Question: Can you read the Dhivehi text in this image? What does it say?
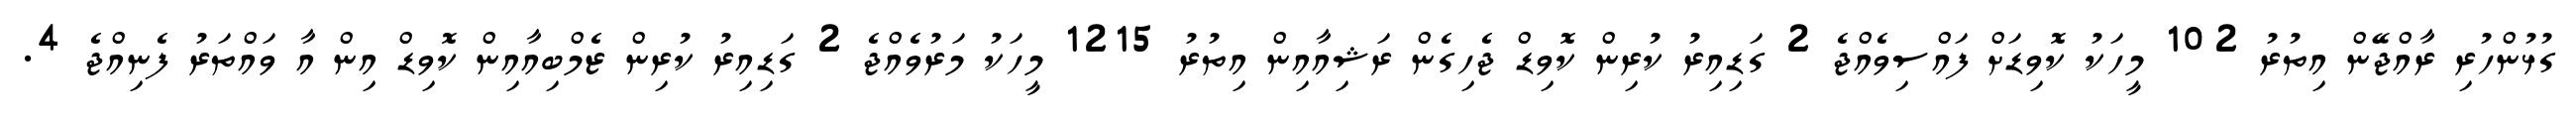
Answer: ގުޅުންހުރި ރާއްޖޭން އިތުރު 102 މީހަކު ކޮވިޑަށް ފައްސިވެއްޖެ 2 ގަޑިއިރު ކުރިން ކޮވިޑް ޖެހިގެން ރަޝިއާއިން އިތުރު 1215 މީހަކު މަރުވެއްޖެ 2 ގަޑިއިރު ކުރިން ޒެމްބިއާއިން ކޮވިޑް އިން އާ ވައްތަރު ފެނިއްޖެ 4.